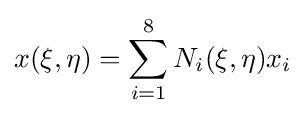
x(\xi ,\eta )=\sum _{i=1}^{8}N_{i}(\xi ,\eta )x_{i}